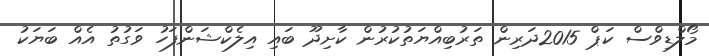
މޯލްޑިވްސް ކަޕް 2015ދަރިން ތަރުބިއްޔަތުކުރުން ކާށިދޫ ބައި އިލެކްޝަންފަހު ވަގުތު އެއް ބަޔަކު